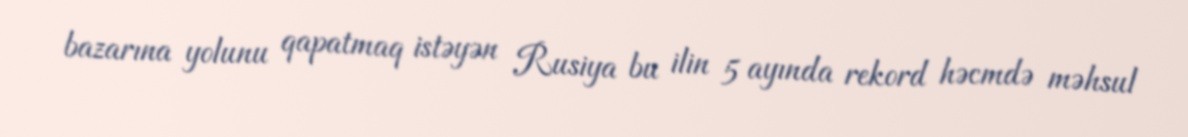
bazarına yolunu qapatmaq istəyən Rusiya bu ilin 5 ayında rekord həcmdə məhsul